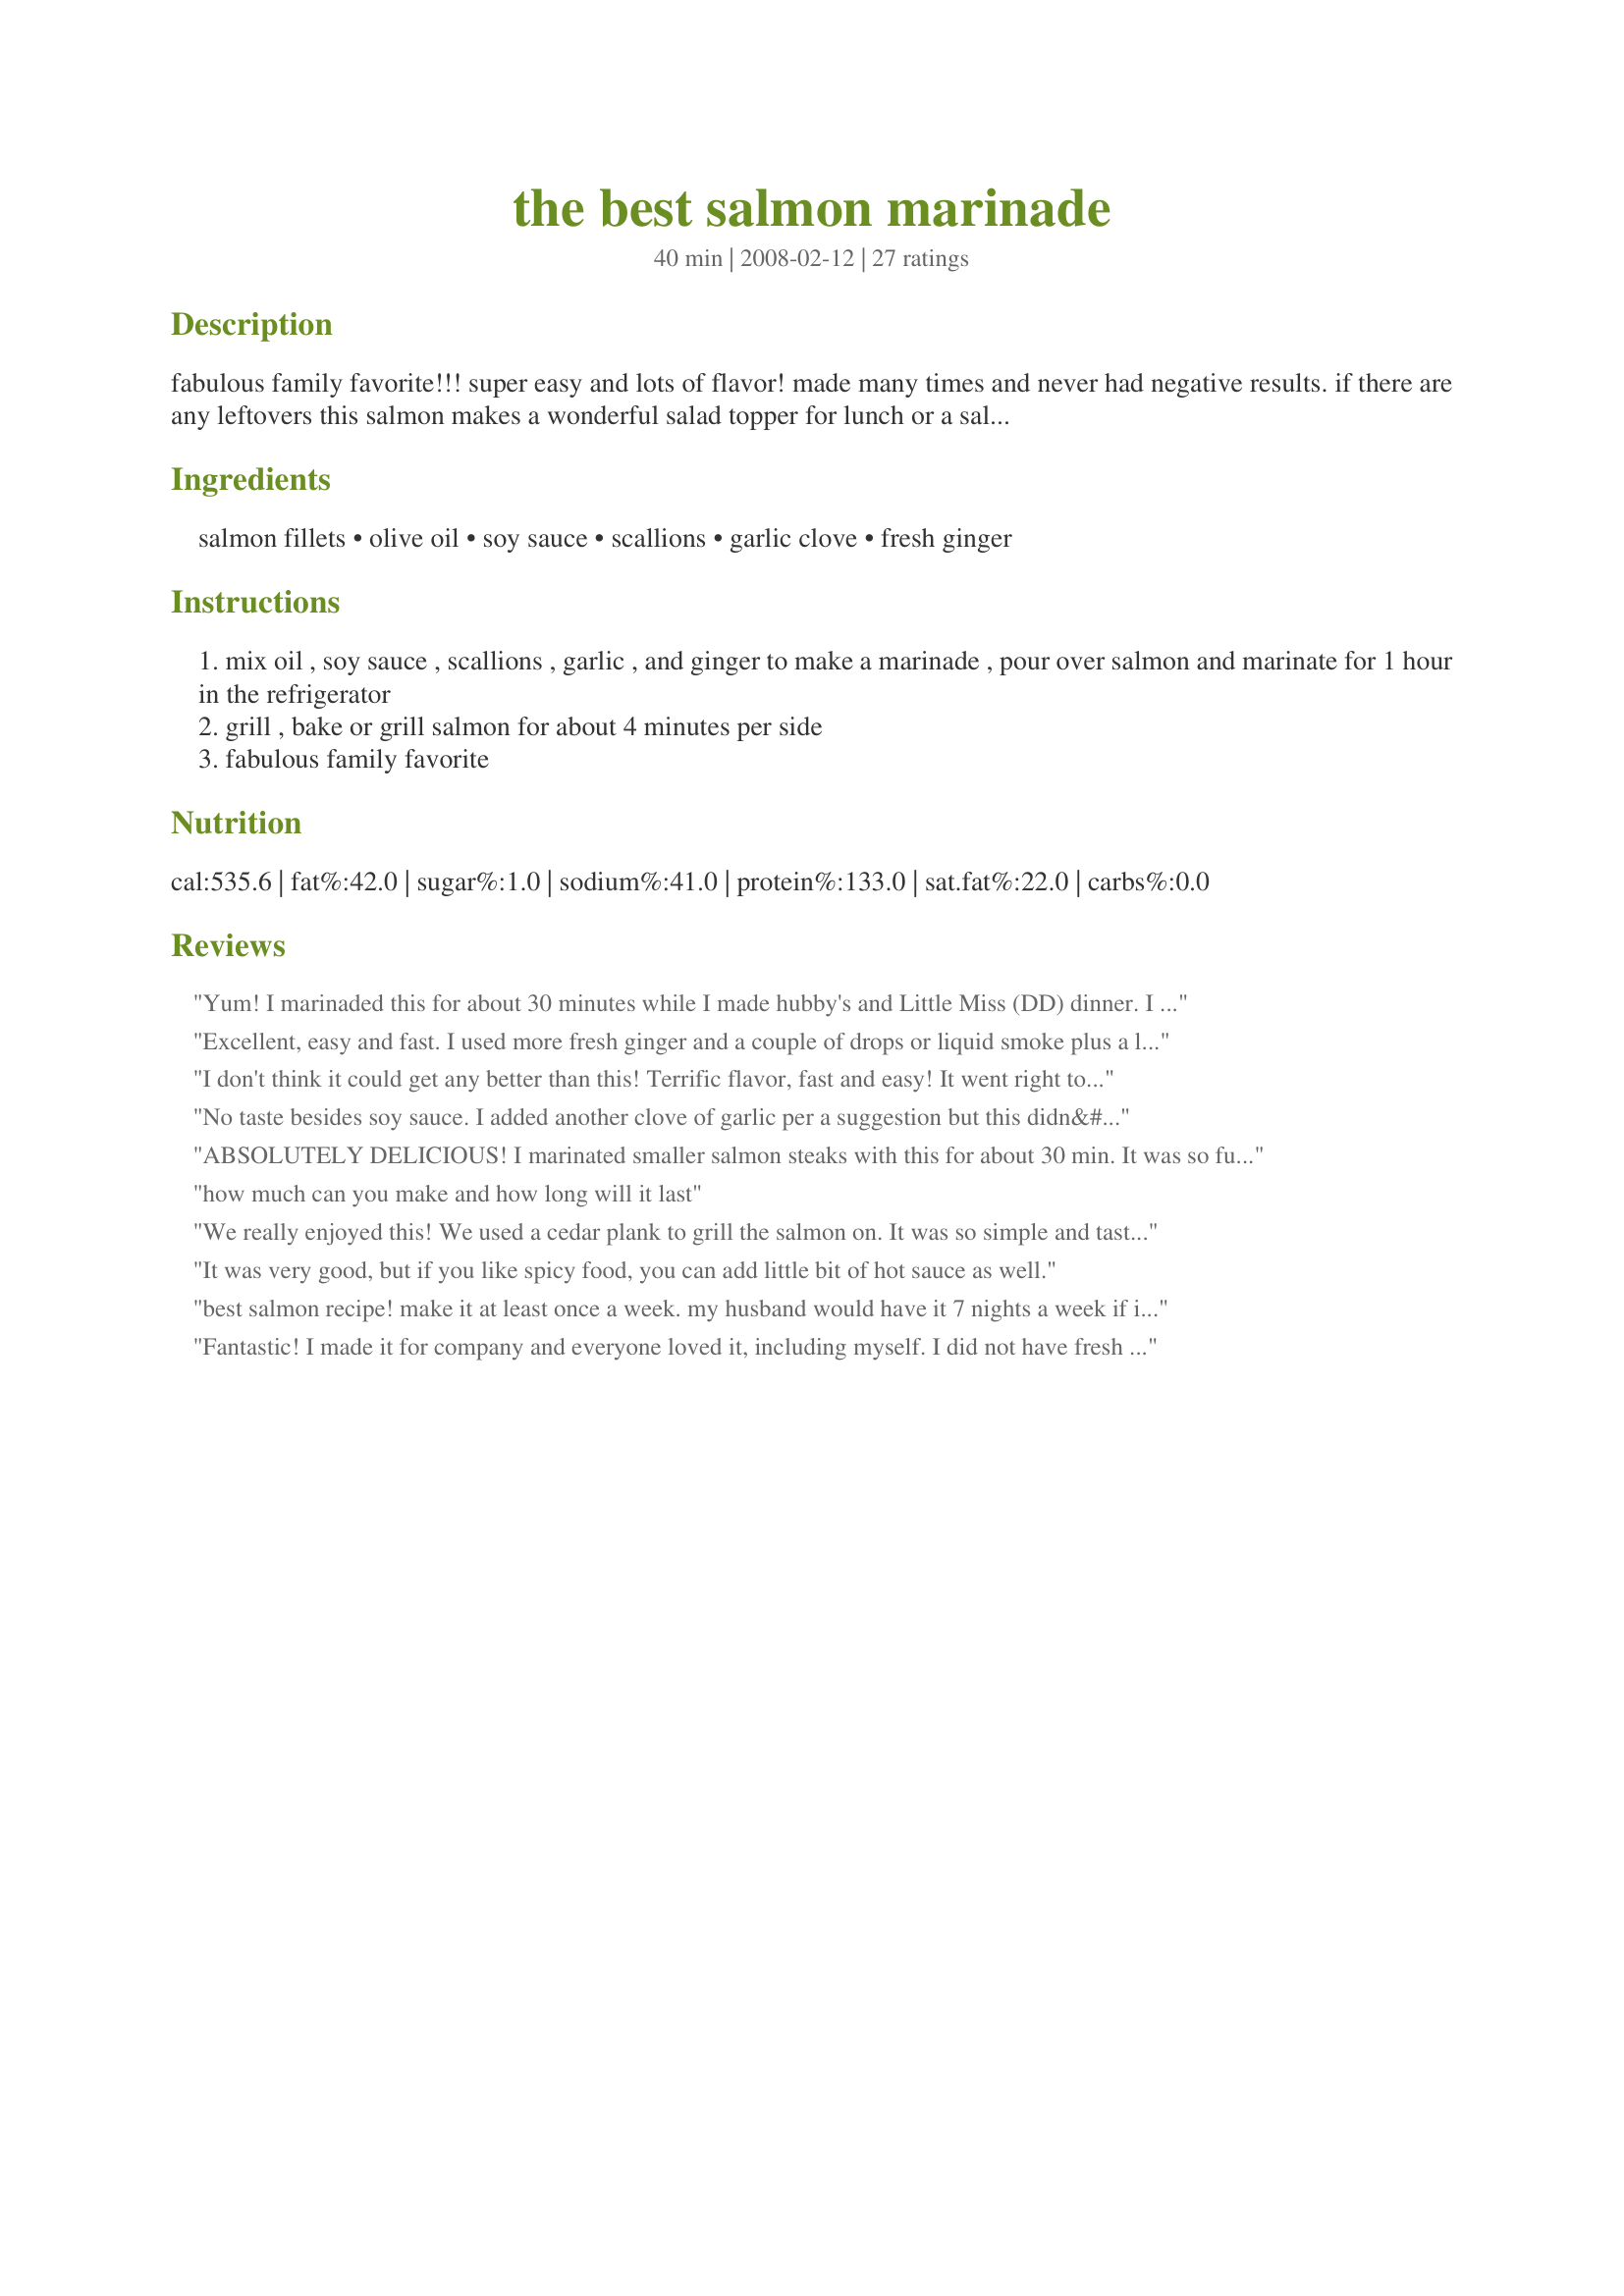
the best salmon marinade
Preparation time: 40 minutes

fabulous family favorite!!! super easy and lots of flavor! made many times and never had negative results. if there are any leftovers this salmon makes a wonderful salad topper for lunch or a salmon salad sandwich. when cooking on the cedar plank or adding liquid smoke, it takes the salmon to a whole new level of flavor. awesome... best of all this is pretty much idiot proof! try serving with recipe#318889 or recipe#297906 for a great tasty feast.

Ingredients:
salmon fillets, olive oil, soy sauce, scallions, garlic clove, fresh ginger

Steps:
mix oil , soy sauce , scallions , garlic , and ginger to make a marinade , pour over salmon and marinate for 1 hour in the refrigerator
grill , bake or grill salmon for about 4 minutes per side
fabulous family favorite

Reviews:
Yum! I marinaded this for about 30 minutes while I made hubby's and Little Miss (DD) dinner. I baked the Salmon for about 20 minutes on low heat with the marinade. I added the optional liquid smoke and it was perfect. I served the Salmon with the marinade garnished with fresh slices of spring onion, a green salad and crisp bread. Thank you CHILI SPICE
Excellent, easy and fast. I used more fresh ginger and a couple of drops or liquid smoke plus a little toasted sesame oil. My husband LOVED it. Total keeper. So many flavors. I grilled 8 oz portions for 4:30 min a side. Perfect!!!!
I don't think it could get any better than this! Terrific flavor, fast and easy! It went right to the top of our salmon recipe list. DH told me "be sure to keep this one!" I will surely make this often. Thanks so much for a definite keeper! Be sure to add the Liquid Smoke, I used about 1/4 teas. It can't get much better than this!
No taste besides soy sauce. I added another clove of garlic per a suggestion but this didn&#039;t even help. No one went back for seconds. This will be one recipe I will be throwing away.
ABSOLUTELY DELICIOUS! I marinated smaller salmon steaks with this for about 30 min. It was so full of flavor. Reduced the marinade and set it on the table as a sauce. It disappeared in no time. DH kept saying how much he liked the ginger. Thanks for sharing.
how much can you make and how long will it last
We really enjoyed this! We used a cedar plank to grill the salmon on. It was so simple and tasted amazing. My little girls loved it. We will be using again. Thanks so much for sharing.
It was very good, but if you like spicy food, you can add little bit of hot sauce as well.
best salmon recipe! make it at least once a week. my husband would have it 7 nights a week if i let him.
Fantastic! I made it for company and everyone loved it, including myself. I did not have fresh ginger so I used the powder ginger. Other than that I followed the recipe exactaly. Thanks for sharing.
We loved this. and the fact you can throw the ingredients together makes it even better!
You can add more garlic and fresh ginger. I also add the juice of a couple limes or lemons plus a splash of toasted sesame seed oil to dilute the soy sauce (I use reduced sodium tamari soy sauce). I have also done a variation of this marinade with a teaspoon or so of prepared horseradish (not the cream style) and maybe a teaspoon or so of prepared dijon mustard. Sometimes with a teaspoon (or less) of dried dill. Also a quarter teaspoon of smoked paprika. If you are grilling then add a tablespoon or so of honey to caramelize. Honey-soy is a nice combination for grilling.&lt;br/&gt;&lt;br/&gt;Put it all in a large jar with tight fitting lid and shake the dickens out. The marinade keeps well in the fridge. I keep my ginger in the freezer since it&#039;s so much easier to grate while frozen. Same marinade works on boneless skinless chicken breasts or chicken legs.
Great recipe. I did not have fresh ginger so I substituted an Asian spice blend. It worked great on the Foreman grill. It passed the "dogs come into the kitchen looking for the food" test.
Wonderful! I used a cedar plank (for the first time) in the oven, since it was raining outside. this was the best salmon I've ever eaten - thanks!
I followed this recipe but added additional ginger, rice wine vinegar, fish sauce, liquid smoke and black sesame seeds...... It turned out delicious, my brother took some home for the next day's lunch. For anyone who uses this recipe... add extra ingredients, it makes a tasty difference...�� ������
I like flavorful food, so as a couple of other reviewers noted you will need to add extra garlic and ginger to this recipe to achieve the appropriate punch. Not a bad base recipe, just a tad bland...it became a 5 star recipe with the addition of the extra garlic and ginger as well as a little rice wine vinegar, honey, Dijon mustard, Thai chili sauce, red pepper flakes and a dash of Worcestershire sauce (in lieu of fish sauce). I would have added some lime juice if I&#039;d had it but I don&#039;t know if it would have benefited, as these additions made it super flavorful. Lots of umami!! Could also jazz this base recipe up by adding toasted sesame oil and sesame seeds and lime juice. I suggest you give this one a try and play with it til it suits your liking...food is fun!
This is the last salmon marinade I&#039;ll ever need. The base recipe is great by itself, but I have also added about 1/4 cup of orange stir fry sauce (I was serving the salmon with a salad that had an orange vinaigrette) and it was outstanding. You could probably customize the base recipe with lots of other flavors. (teriyaki?)
It was great. I realized that I forgot the garlic so after the marinade was on the fish, I sprinkled with garlic powder. I baked it until the top browned at 350. Thanks!
I love the reviews...&quot;Good recipe, I changed everything about it, but good recipe&quot;
This was a really simple, delicious marinade for salmon. DH and I love the combination of garlic and ginger. As the weather was dreary, I roasted the salmon filets at 375 F for 10 minutes. It turned out moist and flavorful. Thank you for a yummy recipe! Made for Recipe Swap #19 Aus/NZ.
This is definitely a delicious marinade for salmon! I read through the reviews beforehand so added a bit more ginger and garlic and it turned out great. The salmon was beautifully soft and flaky and tasted fantastic!
Simple and so delicious that the whole famdamily loved it!
Loved the taste combo of ginger, garlic & soy sauce in this recipe, which I halved to serve 2! So simple to whip together, also! Since we usually eat salmon several times a week, this will be on file in my kitchen from now on! Thanks for sharint! [Made & reviewed for one of my adopted chefs in this Spring's PAC]
Excellent. I used low sodium soy sauce and two cloves of garlic, and the results were delicious. And I especially appreciated the tip on not marinating for more than an hour. Thanks a lot!
I made this for a family bbq and it was a big hit! It was the first to go. I went for the glamour and did a side of salmon. It was perfect!<br/><br/>Thank you Chili Spice!
I increased the garlic to two cloves. Don't skimp on the ginger, it truly adds to the flavor. I have made this twice with salmon steaks (baked at 350 for 15 minutes) and once with a beef steak. I marinated it for a couple of hours. It was great for both. <br/>Thank you Chili Spice.
Awesome marinade!! Used a salmon fillet. The combination of all the flavors was awesome. I baked it at 350 for about 20 minutes or so in a 13 x 9 pan. I served it with parm couscous & broccoli. YUUM! Will be making again. Thanks for the awesome recipe!
